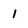
Character: 1